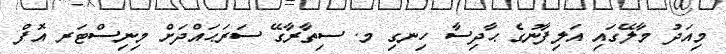
މިއަދު މާލޭގައި އަލިފާނުގެ ޙާދިސާ ހިނގި މ. ސިތާރާގޭ ސަރަޙައްދަށް މިނިސްޓަރ އޮފް